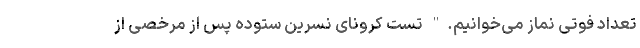
تعداد فوتی نماز می‌خوانیم." تست کرونای نسرین ستوده پس از مرخصی از